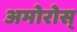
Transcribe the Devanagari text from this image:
अमोरोस्